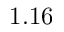
1 . 1 6